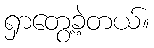
ရှာတွေ့ခဲ့တယ်။